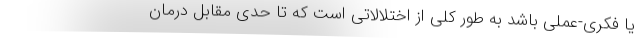
یا فکری-عملی باشد به طور کلی از اختلالاتی است که تا حدی مقابل درمان